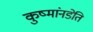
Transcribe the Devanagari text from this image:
कुष्मांनडेति